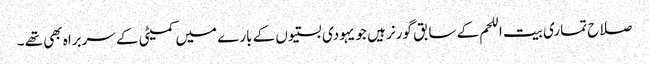
صلاح تماری بیت اللحم کے سابق گورنر ہیں جو یہودی بستیوں کے بارے میں کمیٹی کے سربراہ بھی تھے ۔